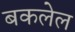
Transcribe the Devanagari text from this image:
बकलेल